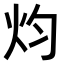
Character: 𤆥